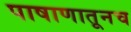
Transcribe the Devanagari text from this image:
पाषाणातूनच